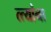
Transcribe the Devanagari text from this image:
त्त्यांना